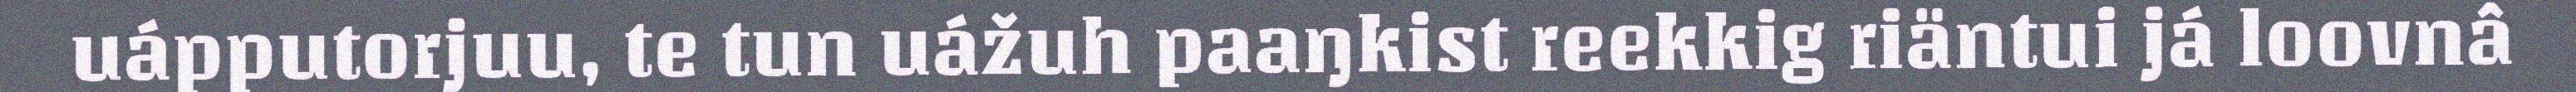
uápputorjuu, te tun uážuh paaŋkist reekkig riäntui já loovnâ